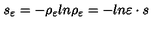
s _ { \varepsilon } = - \rho _ { \varepsilon } l n \rho _ { \varepsilon } = - l n \varepsilon \cdot s